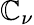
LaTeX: \mathbb{C}_{\nu}